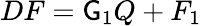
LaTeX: DF=\mathsf{G}_{1}Q+F_{1}